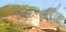
જીણાબાવાની